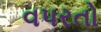
વપરતો